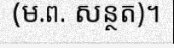
(ម.ព. សន្ថត)។